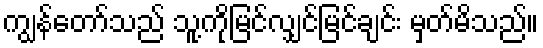
ကျွန်တော်သည် သူ့ကိုမြင်လျှင်မြင်ချင်း မှတ်မိသည်။